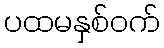
ပထမနှစ်ဝက်